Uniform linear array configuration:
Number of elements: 48
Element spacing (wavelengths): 0.75
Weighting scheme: binomial
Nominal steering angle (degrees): -15
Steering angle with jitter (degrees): -13.92
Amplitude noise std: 0.05
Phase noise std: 0.05

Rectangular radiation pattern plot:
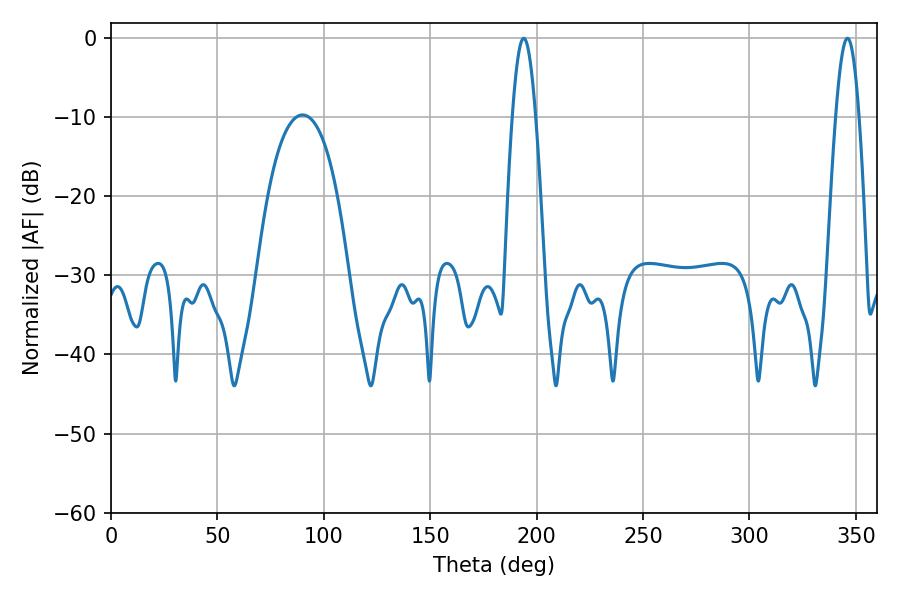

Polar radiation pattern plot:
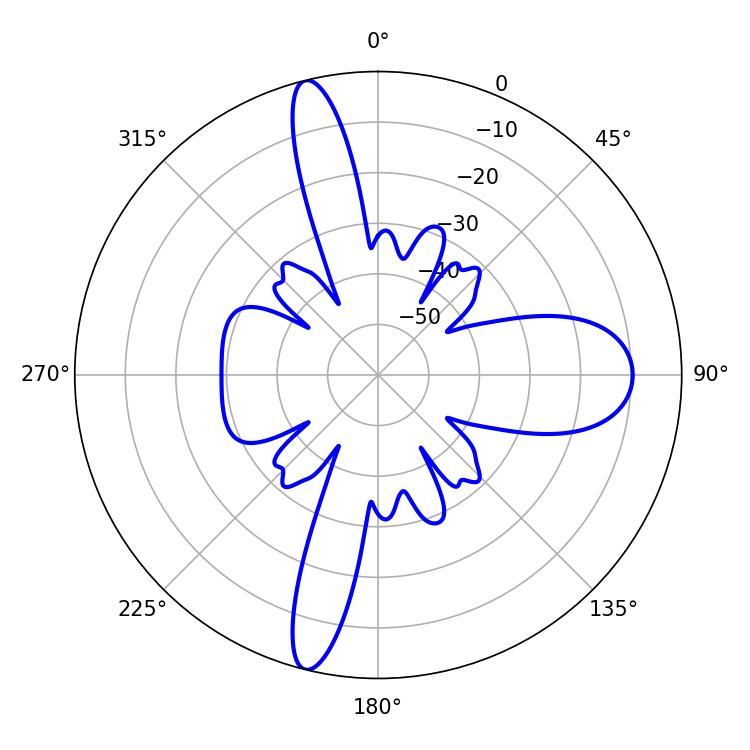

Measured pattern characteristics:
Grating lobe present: TRUE
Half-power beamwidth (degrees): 5.94
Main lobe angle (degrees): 193.86